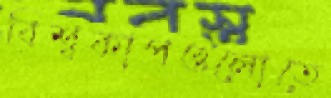
বিশ্বকাপগুলোতে